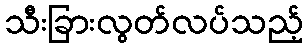
သီးခြားလွတ်လပ်သည့်